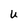
Character: U